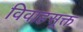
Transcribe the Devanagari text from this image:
विवाहसूक्त